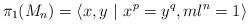
LaTeX: \begin{align*}\pi_1(M_n)=\langle x,y\ |\ x^{p} =y^q, m l^n= 1\rangle\end{align*}